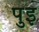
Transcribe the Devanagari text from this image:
पुइ